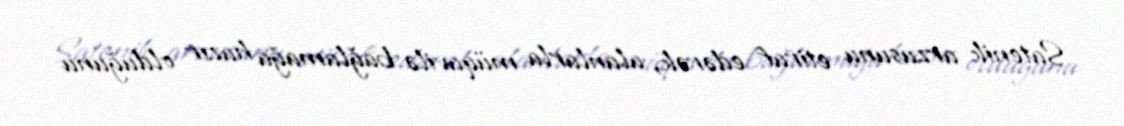
Satenik arzusunu etiraf edərək, alanlarla müqavilə bağlamağa hazır olduğunu